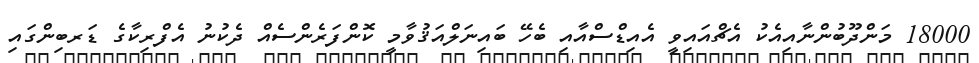
18000 މަންދޫބުންނާއިއެކު އެޗްއައިވީ އެއިޑްސްއާއި ބެހޭ ބައިނަލްއަޤުވާމީ ކޮންފަރެންސެއް ދެކުނު އެފްރިކާގެ ޑަރބިންގައި